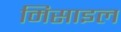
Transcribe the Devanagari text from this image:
मिसाइल